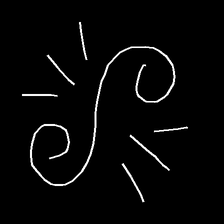
Glyph: wind-directs-air